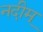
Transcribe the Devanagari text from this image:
नदीम्